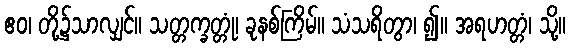
ဧဝ၊ တို့၌သာလျှင်။ သတ္တက္ခတ္တုံ၊ ခုနစ်ကြိမ်။ သံသရိတွာ၊ ၍။ အရဟတ္တံ၊ သို့။